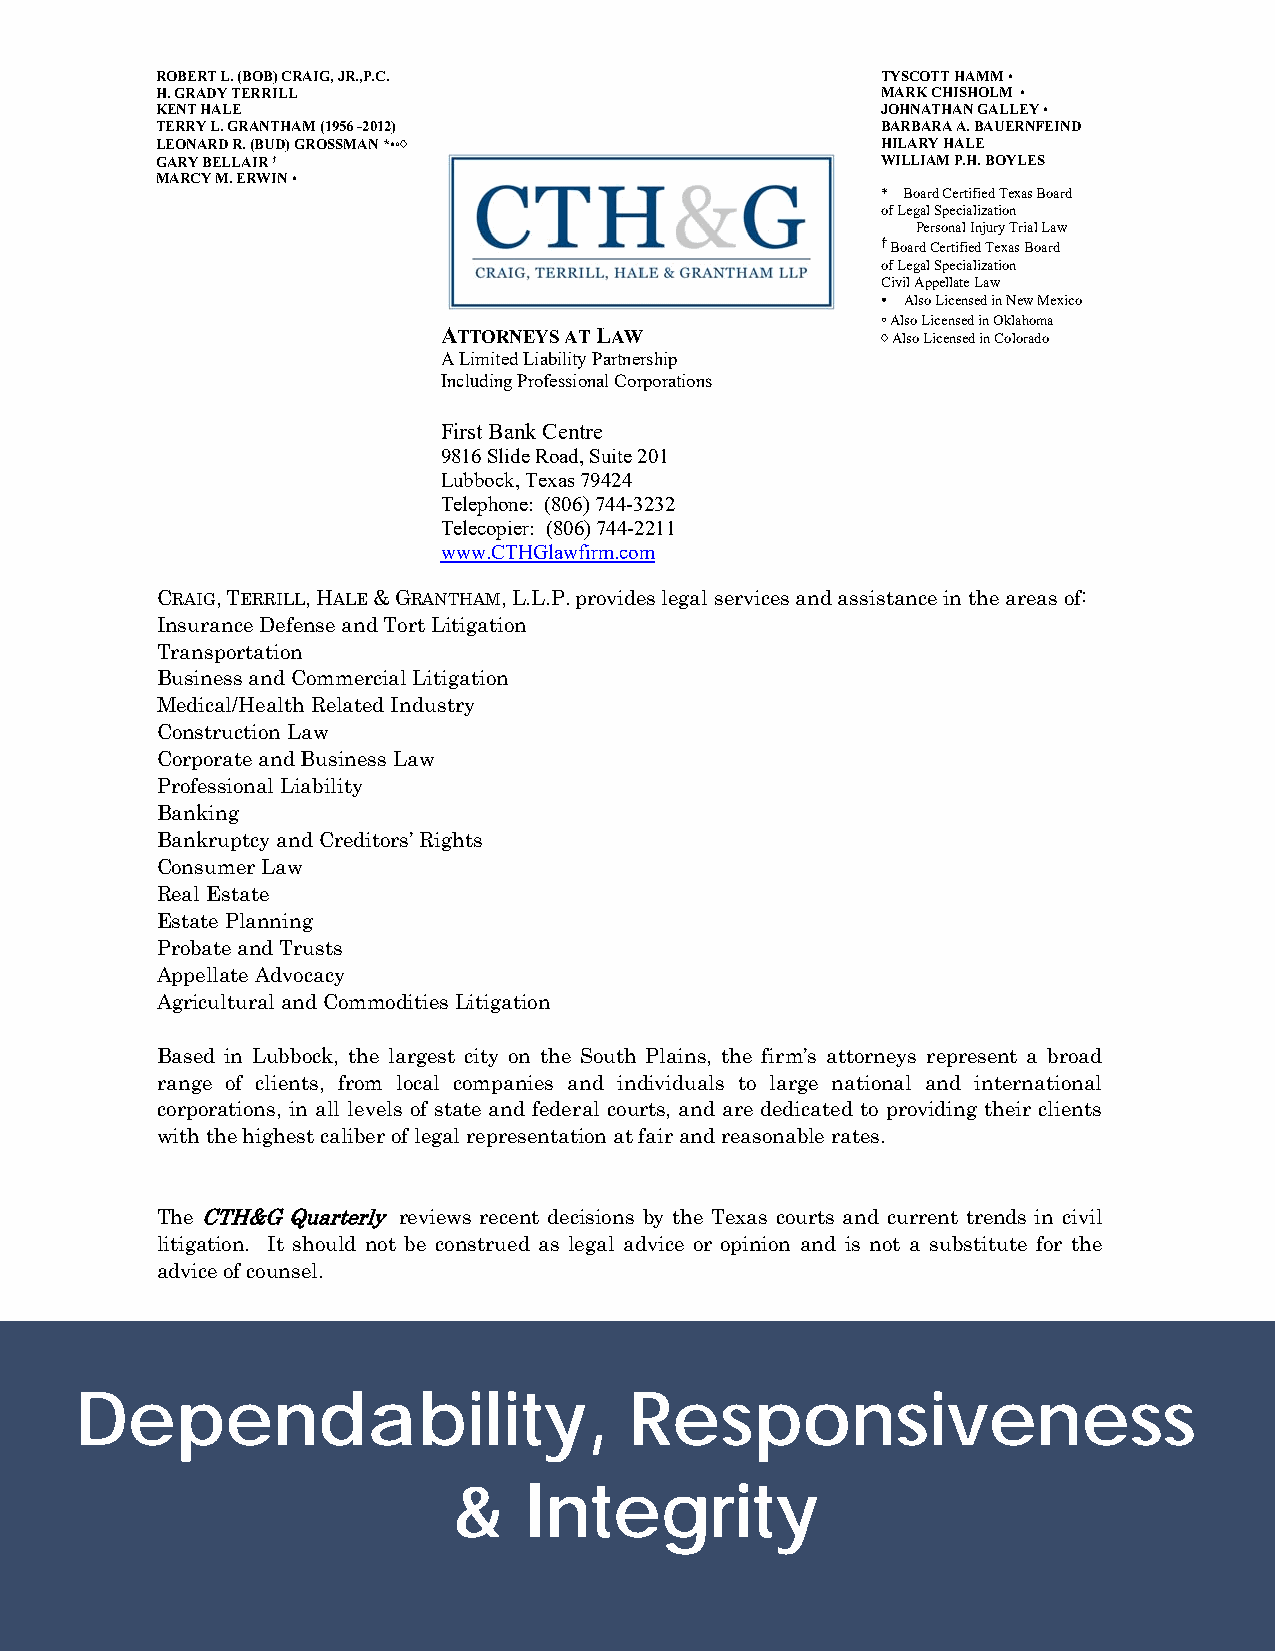
ROBERT L. (BOB) CRAIG, JR.,P.C.                 TYSCOTT HAMM •
 H. GRADY TERRILL                                MARK CHISHOLM •
 KENT HALE                                       JOHNATHAN GALLEY •
 TERRY L. GRANTHAM (1956 -2012)                  BARBARA A. BAUERNFEIND
 LEONARD R. (BUD) GROSSMAN *•◦♢                  HILARY HALE
 GARY BELLAIR †                                  WILLIAM P.H. BOYLES
 MARCY M. ERWIN •
 * Board Certified Texas Board
 of Legal Specialization
 Personal Injury Trial Law
 † Board Certified Texas Board
 of Legal Specialization
 Civil Appellate Law
 • Also Licensed in New Mexico
 ◦ Also Licensed in Oklahoma
 ATTORNEYS AT LAW             ♢ Also Licensed in Colorado
 A Limited Liability Partnership
 Including Professional Corporations
 First Bank Centre
 9816 Slide Road, Suite 201
 Lubbock, Texas 79424
 Telephone: (806) 744-3232
 Telecopier: (806) 744-2211
 www.CTHGlawfirm.com
 CRAIG, TERRILL, HALE & GRANTHAM, L.L.P. provides legal services and assistance in the areas of:
 Insurance Defense and Tort Litigation
 Transportation
 Business and Commercial Litigation
 Medical/Health Related Industry
 Construction Law
 Corporate and Business Law
 Professional Liability
 Banking
 Bankruptcy and Creditors’ Rights
 Consumer Law
 Real Estate
 Estate Planning
 Probate and Trusts
 Appellate Advocacy
 Agricultural and Commodities Litigation
 Based in Lubbock, the largest city on the South Plains, the firm’s attorneys represent a broad
 range of clients, from local companies and individuals to large national and international
 corporations, in all levels of state and federal courts, and are dedicated to providing their clients
 with the highest caliber of legal representation at fair and reasonable rates.
 The CTH&G Quarterly reviews recent decisions by the Texas courts and current trends in civil
 litigation. It should not be construed as legal advice or opinion and is not a substitute for the
 advice of counsel.
 Dependability,                       Responsiveness
 &    Integrity